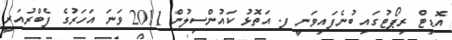
އޮޑިޓް ރިޕޯޓުގައި ބުނެފައިވަނީ ފ. އަތޮޅު ކައުންސިލުން 2011 ވަނަ އަހަރުގެ ފެބްރުއަރީ